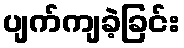
ပျက်ကျခဲ့ခြင်း